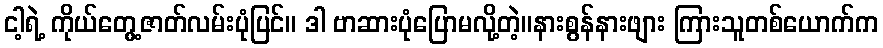
ငါ့ရဲ့ ကိုယ်တွေ့ဇာတ်လမ်းပုံပြင်။ ဒါ ဗာဆားပုံပြောမလို့တဲ့။နားစွန်နားဖျား ကြားသူတစ်ယောက်က